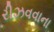
રીઝવવાના